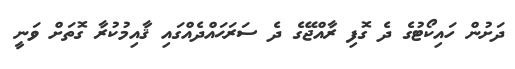
ދަށުން ހައިކޯޓުގެ ދެ ގޮފި ރާއްޖޭގެ ދެ ސަރަޙައްދެއްގައި ޤާއިމުކުރާ ގޮތަށް ވަނީ